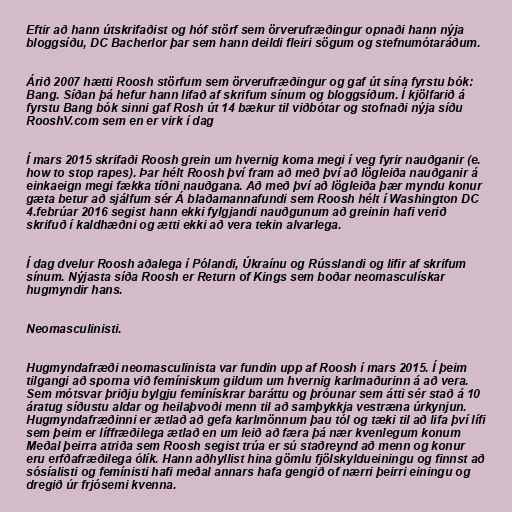
Eftir að hann útskrifaðist og hóf störf sem örverufræðingur opnaði hann nýja
bloggsíðu, DC Bacherlor þar sem hann deildi fleiri sögum og stefnumótaráðum.

Árið 2007 hætti Roosh störfum sem örverufræðingur og gaf út sína fyrstu bók:
Bang. Síðan þá hefur hann lifað af skrifum sínum og bloggsíðum. Í kjölfarið á
fyrstu Bang bók sinni gaf Rosh út 14 bækur til viðbótar og stofnaði nýja síðu
RooshV.com sem en er virk í dag

Í mars 2015 skrifaði Roosh grein um hvernig koma megi í veg fyrir nauðganir (e.
how to stop rapes). Þar hélt Roosh því fram að með því að lögleiða nauðganir á
einkaeign megi fækka tíðni nauðgana. Að með því að lögleiða þær myndu konur
gæta betur að sjálfum sér Á blaðamannafundi sem Roosh hélt í Washington DC
4.febrúar 2016 segist hann ekki fylgjandi nauðgunum að greinin hafi verið
skrifuð í kaldhæðni og ætti ekki að vera tekin alvarlega.

Í dag dvelur Roosh aðalega í Pólandi, Úkraínu og Rússlandi og lifir af skrifum
sínum. Nýjasta síða Roosh er Return of Kings sem boðar neomasculískar
hugmyndir hans.

Neomasculinisti.

Hugmyndafræði neomasculinista var fundin upp af Roosh í mars 2015. Í þeim
tilgangi að sporna við femíniskum gildum um hvernig karlmaðurinn á að vera.
Sem mótsvar þriðju bylgju femínískrar baráttu og þróunar sem átti sér stað á 10
áratug síðustu aldar og heilaþvoði menn til að samþykkja vestræna úrkynjun.
Hugmyndafræðinni er ætlað að gefa karlmönnum þau tól og tæki til að lifa því lífi
sem þeim er líffræðilega ætlað en um leið að færa þá nær kvenlegum konum
Meðal þeirra atriða sem Roosh segist trúa er sú staðreynd að menn og konur
eru erfðafræðilega ólík. Hann aðhyllist hina gömlu fjölskyldueiningu og finnst að
sósíalisti og femínisti hafi meðal annars hafa gengið of nærri þeirri einingu og
dregið úr frjósemi kvenna.